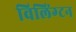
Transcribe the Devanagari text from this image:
विलिंग्‍टन